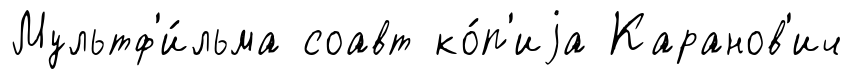
Мультф'и́льма соавт ко́п'иjа Каранов'ич